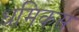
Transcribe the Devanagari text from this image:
धमिकस